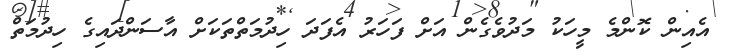
އެއިން ކޮންމެ މީހަކު މަދުވެގެން އަށް ފަހަރު އެފަދަ ހިދުމަތްތަކަށް އާސަންދައިގެ ހިދުމަތް